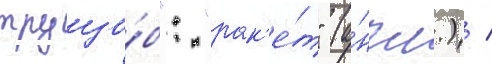
трущо́б": "рак'е́т" (а́нгл.) /